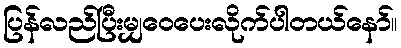
ပြန်လည်ပြီးမျှဝေပေးလိုက်ပါတယ်နော်။